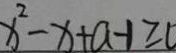
x ^ { 2 } - x + a - 1 \geq 0